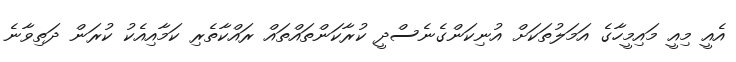
އެއީ މިއީ މައިމީހާގެ އަމަލުތަކަށް އުނިކަންގެނެސްދީ ކުރާކަންތައްތައް ރައްކާތެރި ކަމާއިއެކު ކުރަން ދަތިވާނެ